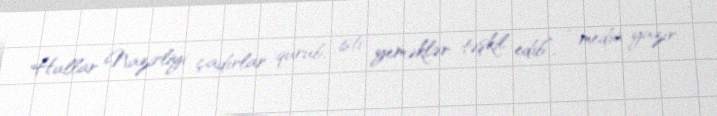
Hallar Nazirliyi çadırlar qurub, isti yeməklər təşkil edib”, - media yazır.